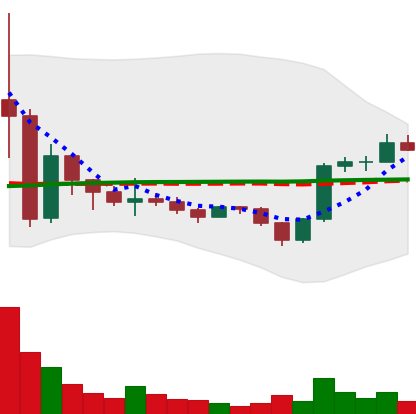
Ticker: BNB-USD
Chart end date: 2022-11-27
Forward return: -4.522%
Label: down_3_5